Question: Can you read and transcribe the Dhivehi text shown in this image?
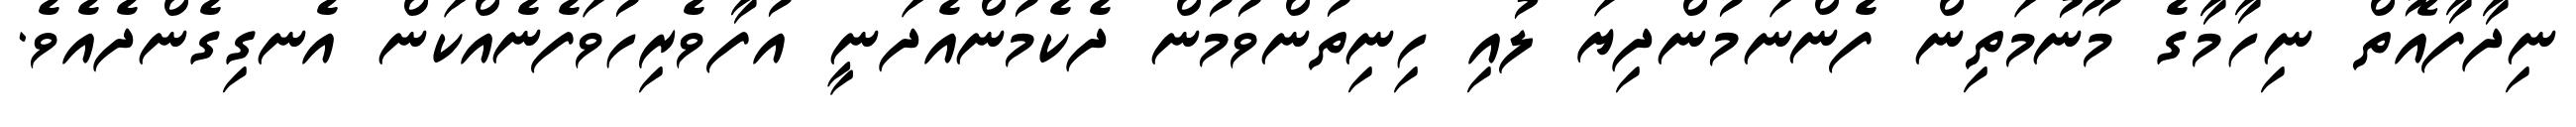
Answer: ނިދާފާއޮތް ނިހާމާގެ މޫނުމަތިން ފެންނަމުންދިޔަ ލުއި ހިނިތުންވުމުން ދެކެމުންއެދަނީ އުފާވެރިހުވަފެނެއްކަން އެނގިގެންދެއެވެ.